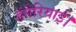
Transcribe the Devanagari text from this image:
हंगेरियाई।